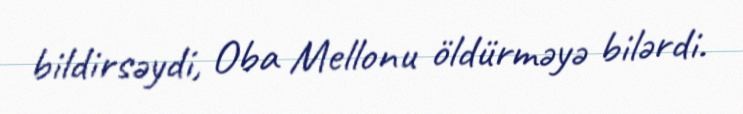
bildirsəydi, Oba Mellonu öldürməyə bilərdi.